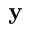
\mathbf { y }